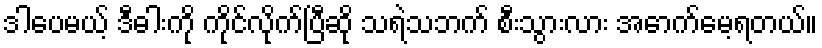
ဒါပေမယ့် ဒီဓါးကို ကိုင်လိုက်ပြီဆို သရဲသဘက် စီးသွားလား အောက်မေ့ရတယ်။